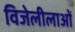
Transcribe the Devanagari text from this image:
विजेलीलाओं